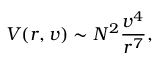
V ( r , v ) \sim N ^ { 2 } \frac { v ^ { 4 } } { r ^ { 7 } } ,